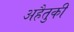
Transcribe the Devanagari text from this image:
अहैतुकी